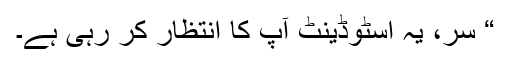
“ سر، یہ اسٹوڈینٹ آپ کا انتظار کر رہی ہے۔